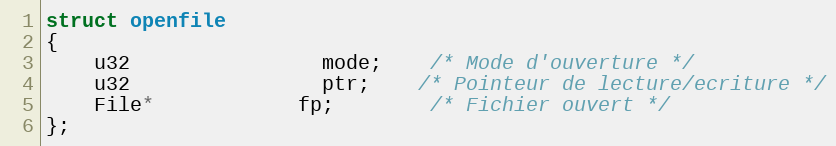
Language: C
struct openfile
{
	u32				mode;	/* Mode d'ouverture */
	u32				ptr;	/* Pointeur de lecture/ecriture */
	File*			fp;		/* Fichier ouvert */
};